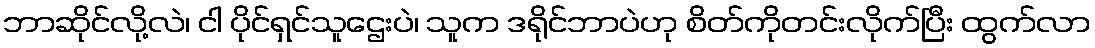
ဘာဆိုင်လို့လဲ၊ ငါ ပိုင်ရှင်သူဌေးပဲ၊ သူက ဒရိုင်ဘာပဲဟု စိတ်ကိုတင်းလိုက်ပြီး ထွက်လာ